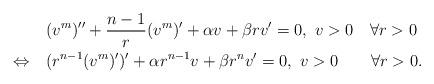
LaTeX: \begin{align*}&(v^m)''+\frac{n-1}{r}(v^m)'+\alpha v+\beta rv'=0, \,\, v>0\quad\forall r>0\\\Leftrightarrow\quad&(r^{n-1}(v^m)')'+\alpha r^{n-1}v+\beta r^nv'=0,\,\, v>0\qquad\forall r>0.\end{align*}